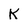
Character: K